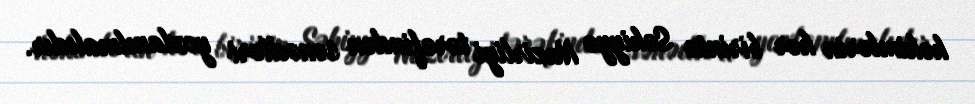
həkimlərin hər birinin Səhiyyə Nazirliyi tərəfindən sənədləri yoxlanılmalıdır.